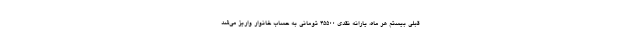
قبلی بیستم هر ماه، یارانه نقدی 45500 تومانی به حساب خانوار واریز می‌شد